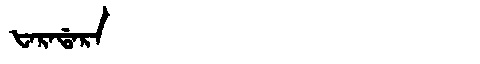
Manchu: ᡶᠠᡵᠠᡩᠠᡵᠠ
Romanization: FARADARA